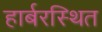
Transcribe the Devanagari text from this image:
हार्बरस्थित